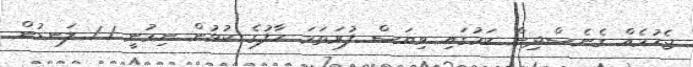
ޖެހުމެއް ގެނެސްދިން ކަމުގައި ވިޔަސް ފުރަތަމަ ހާފުގެ ކުޅުން ނިމުނީ 1-1 ލަނޑުން